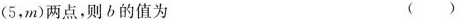
(5，m)两点，则b的值为 ( )